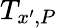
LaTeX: T_{x^{\prime},P}